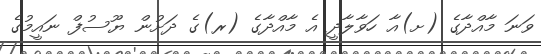
ވަނަ މާއްދާގެ (ށ)އާ ހަވާލާދީ އެ މާއްދާގެ (ރ)ގެ ދަށުން ޔޫސުފް ނައީމުގެ